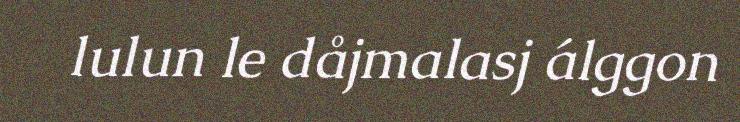
lulun le dåjmalasj álggon